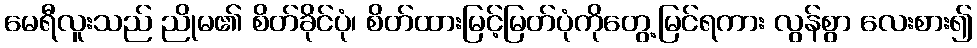
မေရီလူးသည် ညိုမ၏ စိတ်ခိုင်ပုံ၊ စိတ်ထားမြင့်မြတ်ပုံကိုတွေ့မြင်ရကား လွန်စွာ လေးစား၍